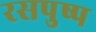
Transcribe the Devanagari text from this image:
रसपुष्प